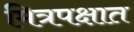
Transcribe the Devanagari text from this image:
मित्रपक्षात